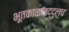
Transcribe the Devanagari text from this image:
भूतकाळाबद्द्लच